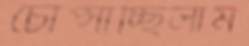
চোপ্‌সাচ্ছিলাম